Sanitation, dispensaries and jails vaccination Rajputana 1922-1927 - 1922-1927
Year: 1922
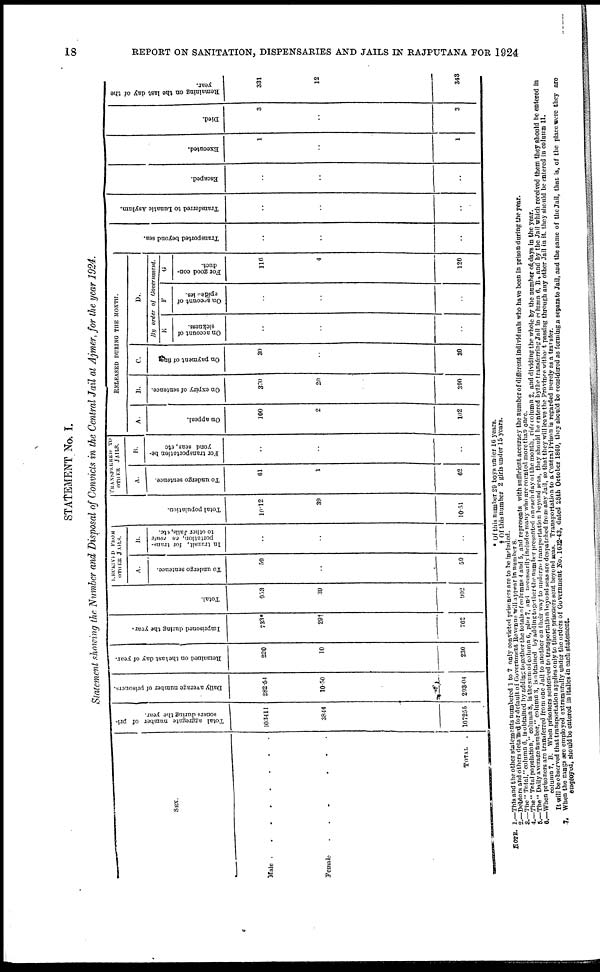
18
REPORT ON SANITATION, DISPENSARIES AND JAILS IN RAJPUTANA FOR 1924
STATEMENT No. I.
Statement showing the Number and Disposal of Convicts in the Central Jail at Ajmer, for the year 1924.
SEX.
Male ..........
Female
..........
TOTAL .
Total aggregate number of pri-
soners
during
the
year.
103411
3844
107255
Daily average number of prisoners.
282.54
10.50
293.04
Remained on the last day of year.
220
10
230
Imprisoned during the year.
733*
29†
762
Total.
953
39
992
RECEIVED FROM
OTHER JAILS.
A.
To undergo sentence.
59
..
59
B.
In transit, for trans-
portation, en route
to other Jails, etc.
..
..
..
Total population.
10.12
39
10.51
TRANSFERRED TO
OTHER
JAILS.
A.
To undergo sentence.
..
1
62
B.
For transportation be-
yond seas,etc
..
..
..
RELEASED DURING THE MONTH.
A.
On appeal.
100
2
102
B.
On expiry of sentence.
370
20
390
C.
On payment of fine
30
..
30
D.
By order of Government.
E
On account of
sickness.
..
..
..
F
On account of
epidea ics.
..
..
..
G
For good con-
duct.
116
4
120
Transported beyond sea.
..
..
..
Transferred to Lunatic Asylum.
..
..
..
Escaped.
..
..
..
Executed.
1
..
1
Died.
3
..
3
R emaining on the last day of the
year.
331
12
343
* Of this number 29 boys under 16 years.
† Of this number 2 girls under 15 years.
NOTE. 1.— This and the other statement numbered 1 to 7 only convicted prisoners are to be included.
2.— Doctors and others detained for default Revenue will appear in number 8.
3.—The" Total," column " is obtained by adding together the total of columns 4 and 5, and represent with suffucient accuracy the the number of different individuals who have been in prison during the year.
4.—The "Total population," column 8, is the sum of column 6, plus 7 and necessrily includes many who are counted more than once.
5.—The "Daily average number," columm 3, is obtained by addding together the number presented on each day of the month, vide column 2, and dividing the whole by the number of days in the year.
6.—When prisoners are transferred from one Jail to another on their way to on their way to undergo transportation beyond scas, they should be entered by the transferring Jail in column 6, B, and by the jail which reccived them they should be entered in
column7, B. When prisonors sentenced to transportation beyond seas are dispached
from, any Jail, so that they will leave the Province without passing through any other Jail in it they should be entered in column 11.
It will be observed that transportation applies only to those prisoners sent beyond seas. Transportation to a Central prison is regarded merely as a transfer
7. when the gangs are employed extramurally under the orders of Government No. 1632-43, dated 28th October 1809, they should be considered as forming a separate Jail, and the same of the Jail, that is, of the place were they are
employd. should be entered in italics in each statement.